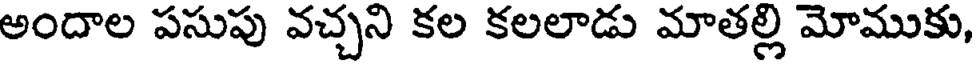
అందాల పసుపు వచ్చని కల కలలాడు మాతల్లి మోముకు,